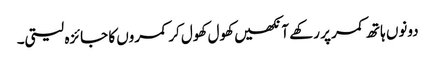
دونوں ہاتھ کمر پر رکھے آنکھیں کھول کھول کر کمروں کا جائزہ لیتی۔